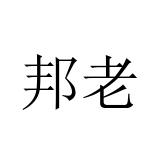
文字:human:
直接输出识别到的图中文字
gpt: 邦老